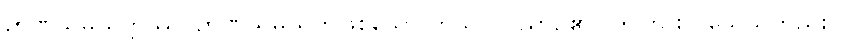
ဉာဏသမ္ပယုတ္တဿ၊ ဉာဏသမ္ပယုတ်ဖြစ်သော ကုသိုလ်ဝိညာဉ်၏ (ဤကား ဝိသေသတည်း)။